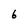
Character: 6